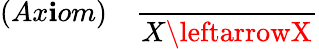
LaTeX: (Ax\mathbf{i}om)\quad{\frac{{}}{{X\leftarrowX}}}